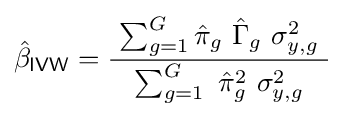
{\hat {\beta }}_{\mathsf {IVW}}={\frac {\ \sum _{g=1}^{G}{\hat {\pi }}_{g}\ {\hat {\Gamma }}_{g}\ \sigma _{y,g}^{2}\ }{\ \sum _{g=1}^{G}\ {\hat {\pi }}_{g}^{2}\ \sigma _{y,g}^{2}\ }}~